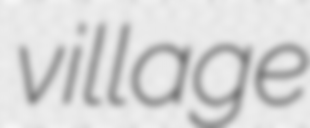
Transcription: village